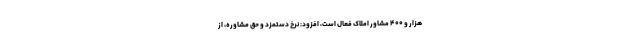
هزار و ۴۰۰ مشاور املاک فعال است، افزود: نرخ دستمزد و حق مشاوره، از